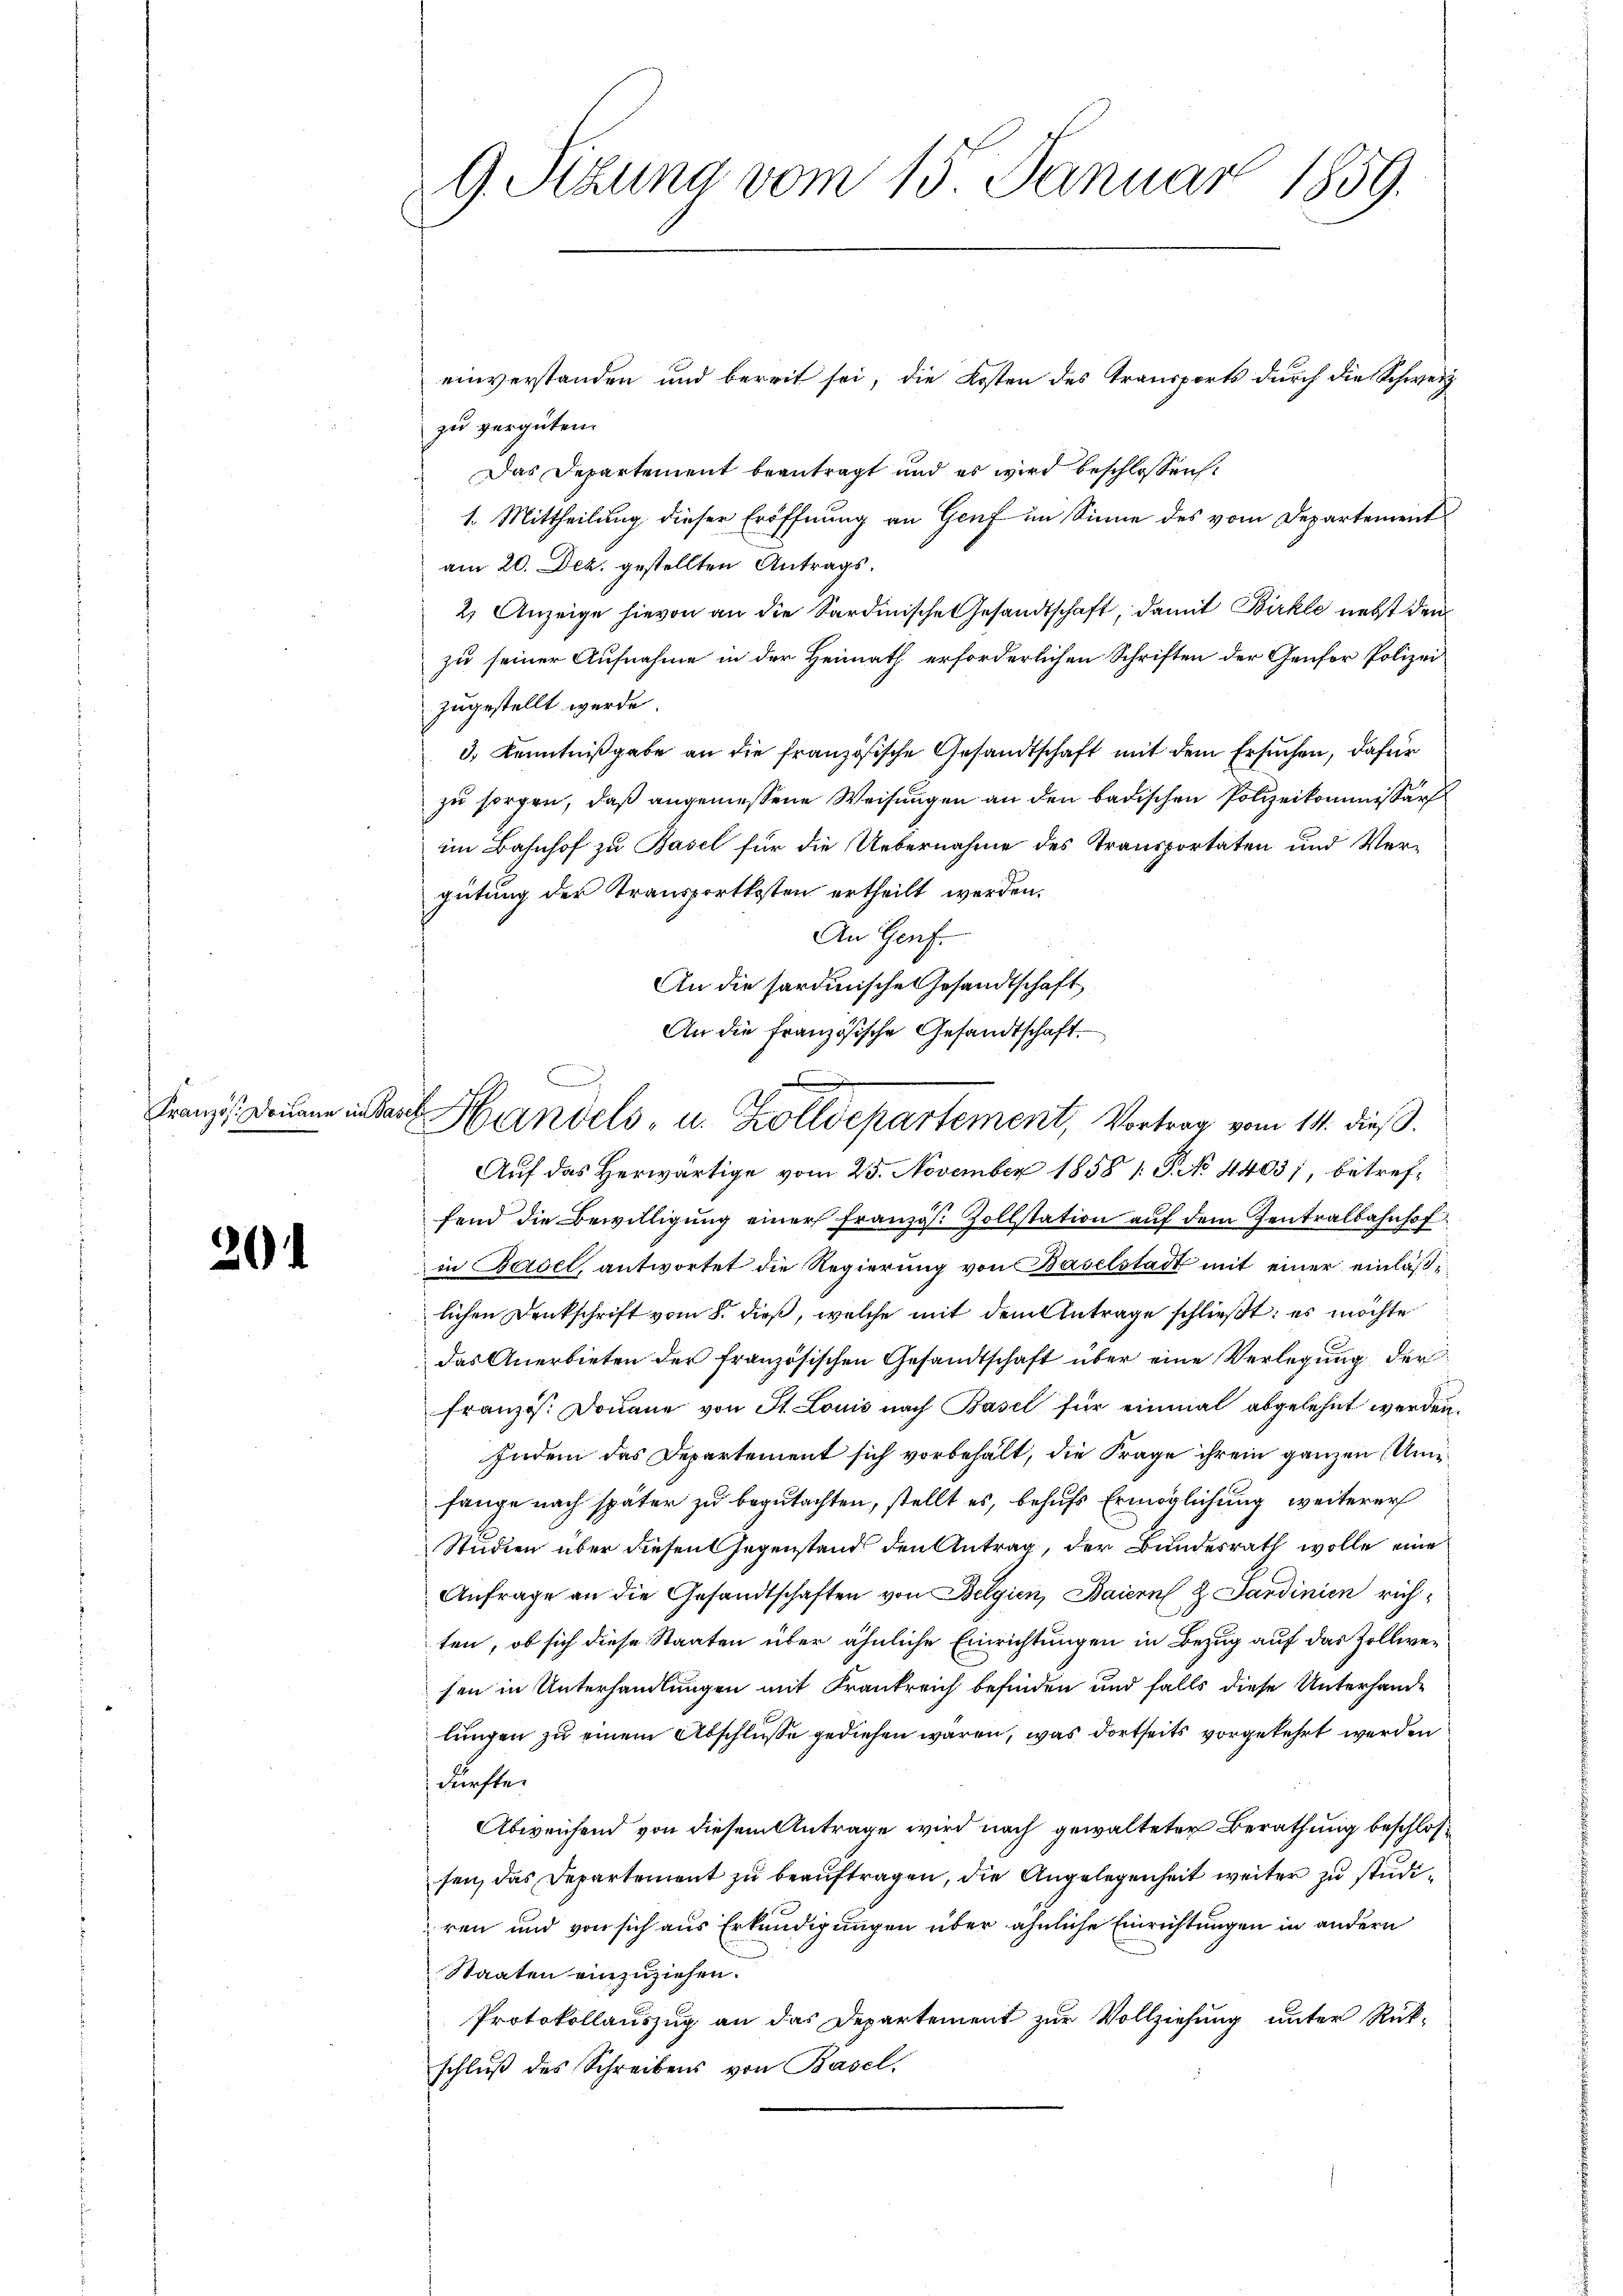
Französ. Da kann in Basel

20

G. Sizung vom 15. Januar 1859.

Handels, u. Zolldepartement, Vortrag vom 11. dieß.

einverstanden und bereit sei, die Kosten des Transports durch die Schweiz
zu vergüten.
Das Departement beantragt und es wird beschlossen:
1. Mittheilung dieser Eröffnung an Genf im Sinne des vom Departement
am 20. Dez. gestellten Antrags.
2. Anzeige hievon an die Sardinische Gesandtschaft, damit Birke nebst den
zu seiner Aufnahme in der Heimath erforderlichen Schriften der Genfer Polizei
zugestellt werde.
3. Kenntnißgabe an die französische Gesandtschaft mit dem Ersuchen, dafür
zu sorgen, daß angemessene Weisungen an den badischen Polizeikommissär
im Bahnhof zu Basel für die Uebernahme des Transportaten und Vergütung der Transportkosten ertheilt werden.
An Genf.
An die sardinische Gesandtschaft
An die französische Gesandtschaft.
Auf das Herwärtige vom 25. November 1858 1: P. No 4403; betreffend die Bewilligŭng einer Französ. Zollstation auf dem Zentralbahnhofin Beidel, antwortet die Regierung von Baselstadt mit einer einläßlichen Denkschrift vom 8. dieß, welche mit dem Antrage schließt: es möchte
das Anerbieten der französischen Gesandtschaft über eine Verlegung der
französ. Douane von St. Louis nach Basel für einmal abgelehnt werden.
Indem das Departement sich vorbehalt, die Frage ihrem ganzen Unfange nach später zu begutachten, stellt es, behufs Ermöglichung weiterer
Studien über diesen Gegenstand den Antrag, der Bundesrath wolle eine
Anfrage an die Gesandtschaften von Belgien, Baiern & Sardinien richten, ob sich diese Staaten über ähnliche Einrichtungen in Bezug auf das Zollwesen in Unterhandlungen mit Frankreich befinden und falls diese Unterhandlungen zu einem Abschlüsse gediesen wären, was dortseits vorgekehrt werden
dürften
Abweichend von diesem Antrage wird nach gewalteter Berathung beschlosfen, das Departement zu beauftragen, die Angelegenheit weiter zu studiren und von sich aus Erkundigungen über ähnliche Einrichtungen in andern
Staaten einzuziehen.
Protokollauszug an das Departement zur Vollziehung unter Rückschlŭβ des Schreibens von Basel.